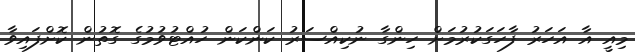
މިއީ އާ އަހަރު ފާހަގަކުރުމަށް ހިންގާ ނުކިއްސަރު ކަންކަން ހުއްޓުވުމުގެ ގޮތުން ކޮށްފައިވާ